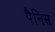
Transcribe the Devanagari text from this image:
पैनिस